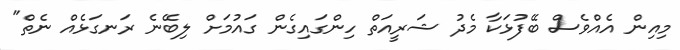
މިއިން އެއްވެސް ބޭފުޅަކާ މެދު ޝަރީއަތް ހިންގައިގެން ގައުމަށް ލިބޭނެ ރަނގަޅެއް ނެތް"